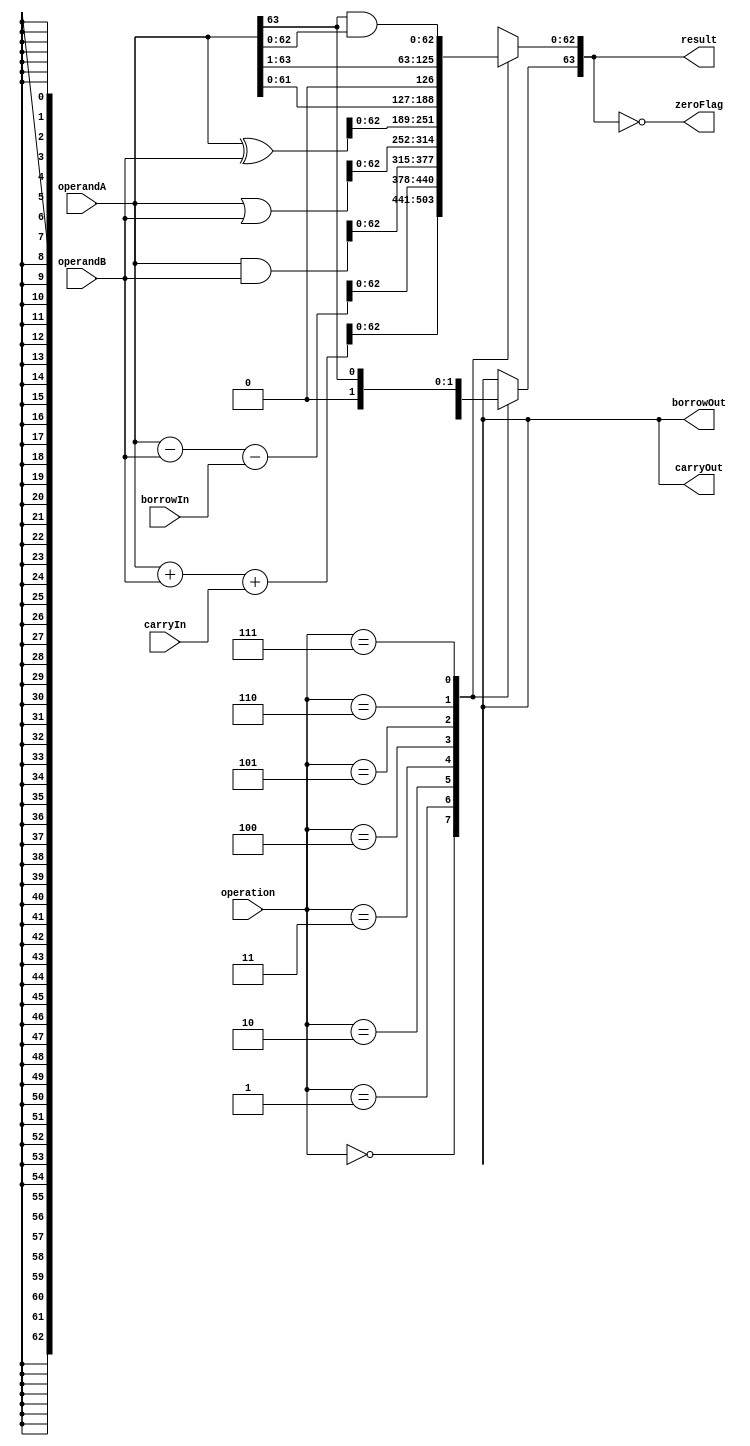
module ALU (input [63:0] operandA, 
            input [63:0] operandB, 
            input [2:0] operation, 
            input carryIn, 
            input borrowIn, 
            output [63:0] result, 
            output zeroFlag, 
            output carryOut, 
            output borrowOut);

wire [63:0] tempResult;

assign zeroFlag = (tempResult == 64'h0);

// Addition operation
always @(*) begin
    case (operation)
        3'b000: tempResult = operandA + operandB + carryIn;
        3'b001: tempResult = operandA - operandB - borrowIn;
        3'b010: tempResult = operandA & operandB;
        3'b011: tempResult = operandA | operandB;
        3'b100: tempResult = operandA ^ operandB;
        3'b101: tempResult = operandA << 1;
        3'b110: tempResult = operandA >> 1;
        3'b111: begin
            tempResult[63] = operandA[63];
            tempResult[62:0] = operandA[63] & operandA[62:0];
        end
    endcase
end

assign result = tempResult;
assign carryOut = tempResult[64];
assign borrowOut = ~tempResult[64];

endmodule